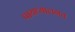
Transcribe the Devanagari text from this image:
पायथ्यालगत